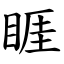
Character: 睚